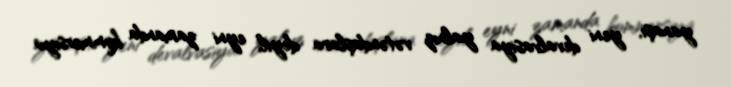
yanaşı, yeni devalvasiya yalnız vətəndaşlara deyil, eyni zamanda kommersiya